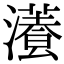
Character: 𤂡